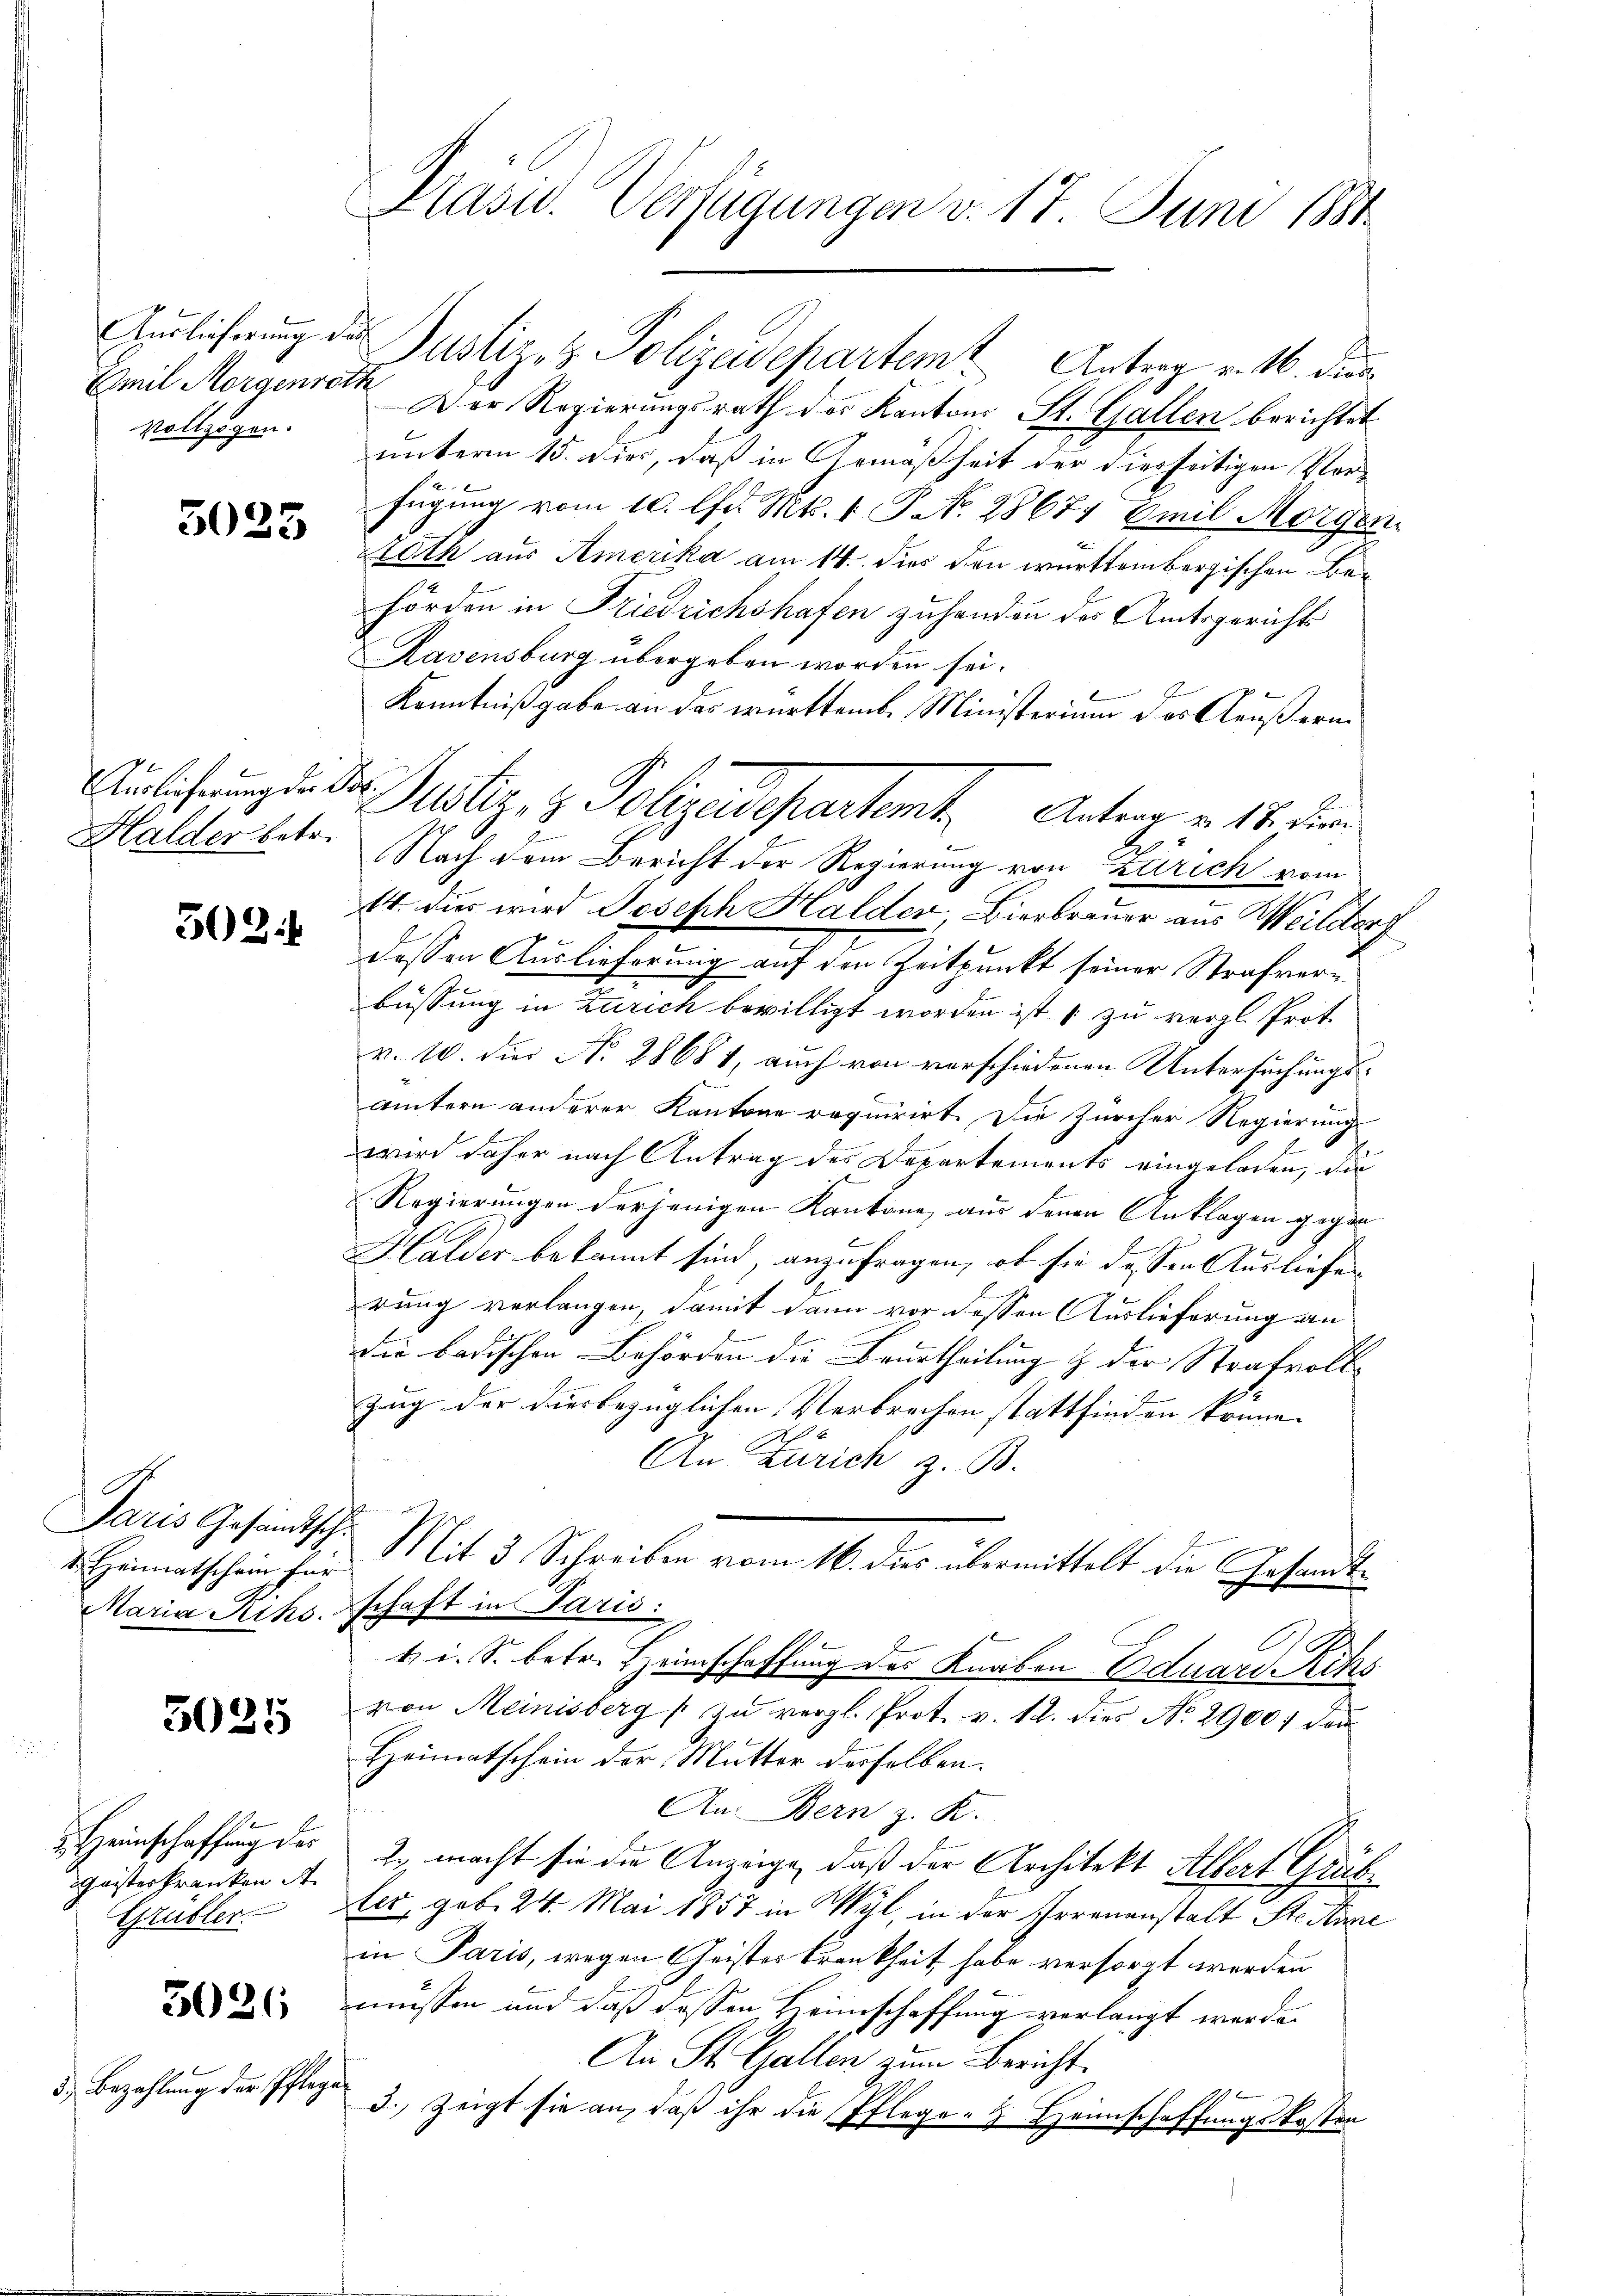
Auslieferung die
Emil Morgenröth
vollzogen.

3025

Auslieferung der Bs.
Halder betr.

502:

Paris Gesandtsch
1. Heimatschein für
Maria Rihs.

3025

Geisterkranken d
Grübler.

3026

3.) Bezahlung der Pflegen

Justiz- & Polizeidepartem Antrag v. M. die
Der Regierungsrath des Kantons St. Gallen berichtet
unterm 15. dies, daß in Gemäßheit der diesseitigen Vor-
fügung vom 10. d. Mts. 1. P. No. 28677 Emil Morgen
Rath aus Amerika am 14. dies den württembergischen Behörden in Friedrichshafen zuhanden das Amtsgericht
Ravensburg übergeben worden sei.
Kenntniß gabe an das württemb. Ministerium des Aeußern
2
Nach dem Bericht der Regierung von Zürich vom
14. dies wird Joseph Halder, Bierbrauer aus Wilder
dessen Auslieferung auf den Zeitpunkt seiner Strafverbüssung in Zürich bewilligt worden ist zu vergl. Prot.
v. 10. dies N. 28681, auch von verschiedenen Untersuchungsämtern anderer Kantone requirirt. Die Zürcher Regierung
1
wird daher nach Antrag des Departements eingeladen, die
Regierungen derjenigen Kantone aus denen Anklagen gegen
Halder bekannt sind, anzufragen, ob sie dessen Ausliefe
rung verlangen, damit dann vor dessen Auslieferung an
Die badischen Behörden die Beurtheilung & der Strafvoll¬
Zug der diesbezüglichen Verbrechen stattfinden könne.
An Zürich z. B.
Mit 3 Schreiben vom 16. dies übermittelt die Gesandtschaft in Paris:
t. i. S. betr. Heimschaftung des Knaben Eduard Riks
von Meinisberg zŭ vergl. Prot. v. 12. dies No. 2900; dan
Heimatschein der Mutter derselben.
An Bern z. K.
Heinschaffung des 2. macht sie die Anzeige, daß der Architekt Albert Grüb
ter, geb. 24. Mai 1857 in Wyl, in der Irrenanstalt Ste Anne
in Paris, wegen Geister Krankheit habe versorgt werden
müssen und daß dessen Heimschaffung verlangt werde.
An St. Gallen zum Bericht.
d. zeigt sie an, daß ihr die Pflege-H Heimschaffungskosten

Prävid. Verfügungen v. 17. Juni 1881

Justiz, z. Polizeidepartent. Anton v. 18. den